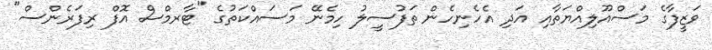
ވަޒީފާގެ މަސްއޫލިއްޔަތާއި އަދި އެހެނިހެން ތަފުސީލު ހިމެނޭ މަސައްކަތުގެ "ޓާރމްސް އޮފް ރިފަރެންސް"